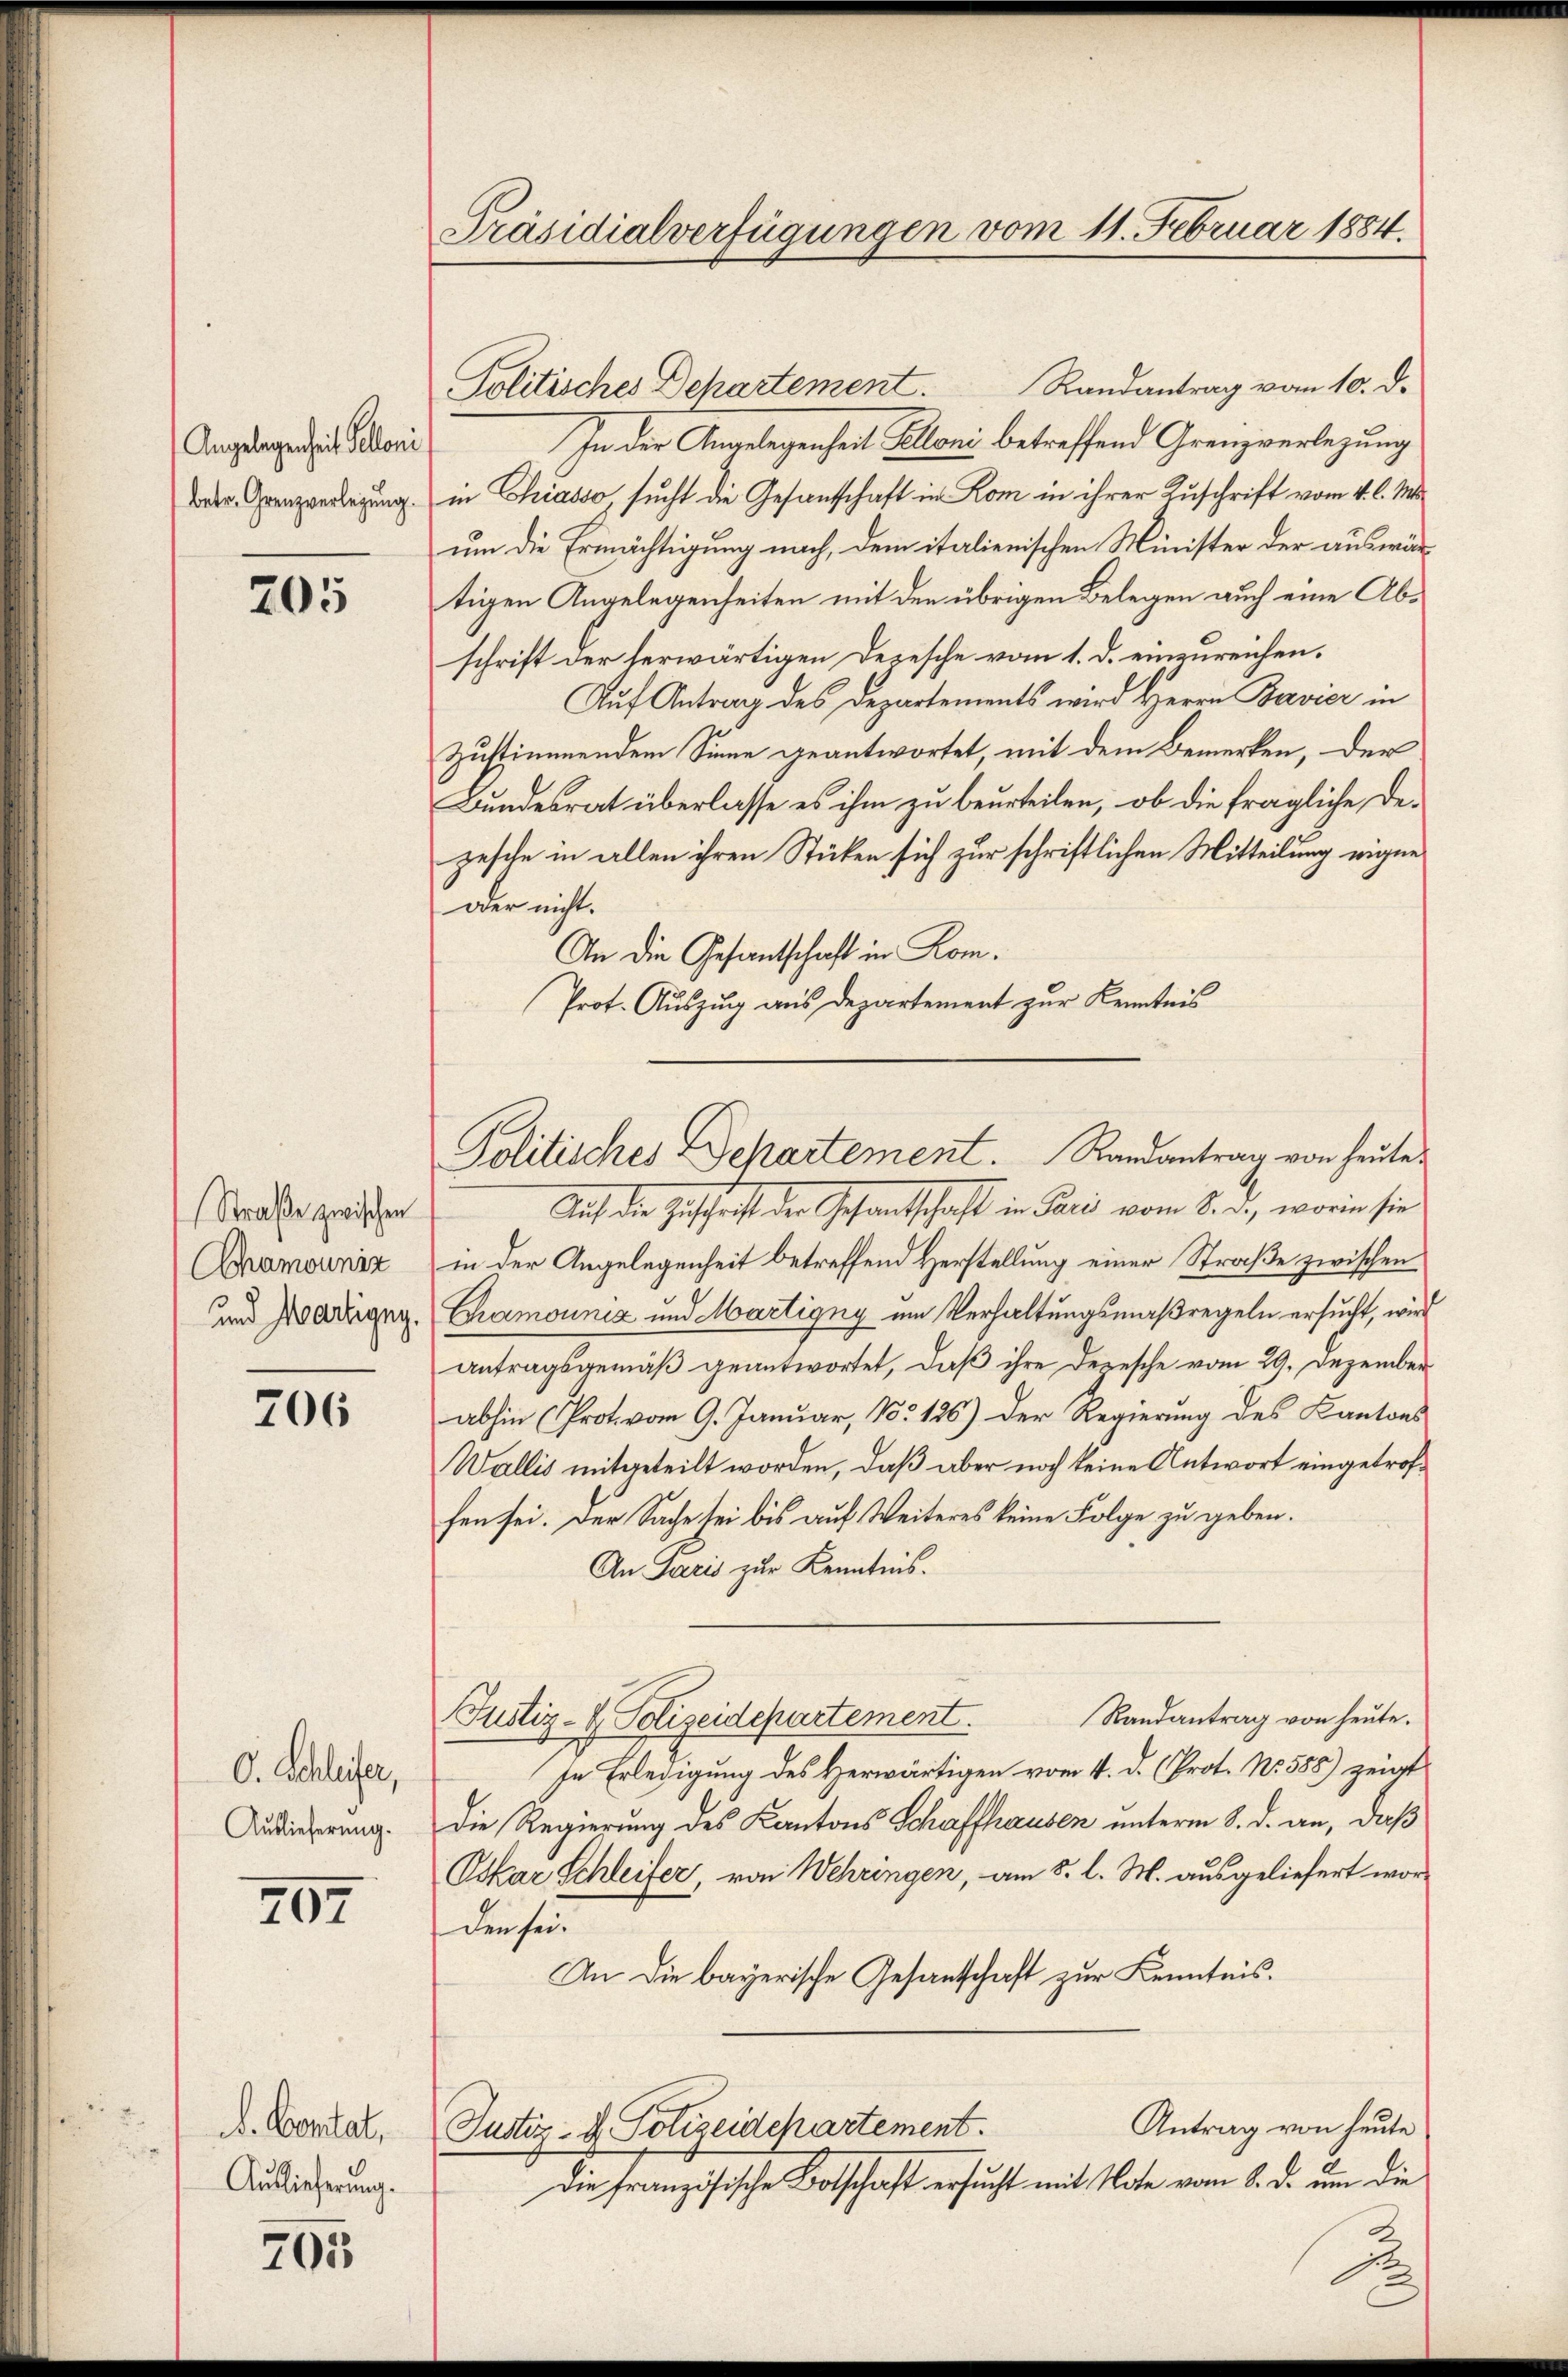
Angelegenheit Pelloni

205

Straße zwischen
Chamouniz
und Martigny.

206

O. Schleifer,
Auslieferung.

207

D. Genitat.
Auslieferung.

705

Präsidialverfügungen vom 11. Februar 1884.

Randantrag vom 10. d.
Politisches Departement.
In der Angelegenheit Kolloni betreffend Grenzverlegung
Oder Grenzverlegung in Chiasso, sucht die Gesandtschaft in Rom in ihrer Zuschrift vom 4. l. M.
um die Ermächtigung nach, dem italienischen Minister der auswärtigen Angelegenheiten mit den übrigen Belegen auch eine Abschrift der herwärtigen Depesche vom 1. d. einzureichen.
Auf Antrag des Departements wird Herrn Bavier in
zustimmendem Sinne geantwortet, mit dem Bemerken, der
Bundesrat überlasse es ihm zu beurteilen, ob die fragliche Dezesche in allen ihren Stücken sich zur schriftlichen Mitteilung eigne¬
oder nicht.
An die Gesandtschaft in Kom¬
Prof. Auszug aus Departement zur Kenntnis

Politisches Departement. Randantrag von heute

Auch die Zuschrift der Gesandtschaft in Paris vom 8. d., worin sie
in der Angelegenheit betreffend Herstellung einer Straße zwischen
Camouniz und Martigny um Verhaltungsmaßregeln ersucht, wird
antragsgemäß geantwortet, daß ihre Depesche vom 29. Dezember
abhin (Prot. vom 9. Januar, No. 126) Der Regierung des Kantons
Wallis mitgeteilt worden, daß aber noch keine Antwort eingetroffen sei. Der Sache sei bis auf Weiteres keine Folge zu geben.
An Paris zur Kenntnis.
Randantrag von heute.
Justiz- & Polizeidepartement.
In Erledigung des Herwärtigen vom 4. d. (Prot. No. 588) zeigt
Die Regierung des Kantons Schaffhausen unterm 8. d. an, daß
Oskar Schleifer, von Wehringen, am 8. l. M. ausgeliefert wor-
den sei.
An die bayerische Gesandtschaft zur Kenntnis.
Antrag von heute
Justiz- & Polizeidepartement.
Die französische Botschaft ersucht mit Note vom 8. d. um die

.